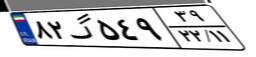
۸۲گ۵۴۹۳۹